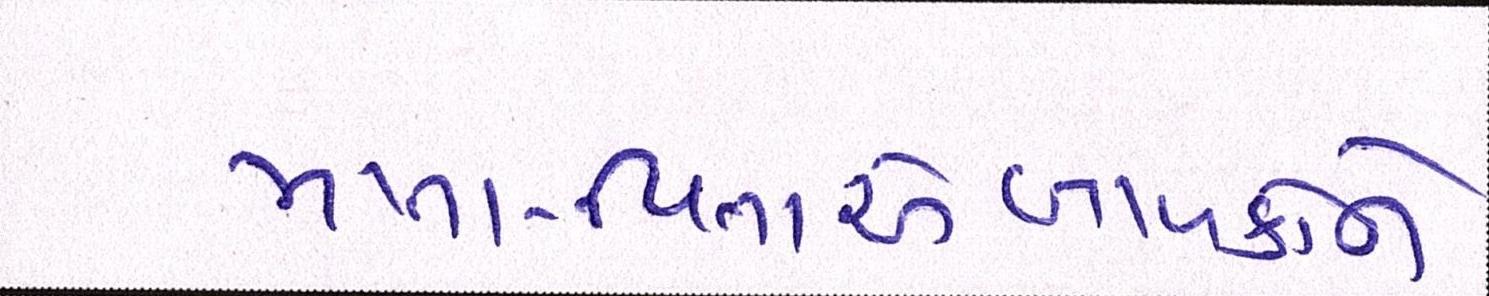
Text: માતા-પિતાએબાળકોને